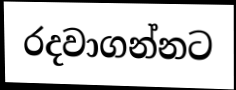
රදවාගන්නට